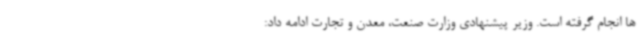
ها انجام گرفته است. وزیر پیشنهادی وزارت صنعت، معدن و تجارت ادامه داد: